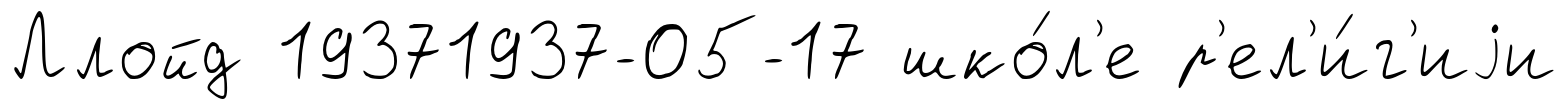
Ллойд 19371937-05-17 шко́л'е р'ел'и́г'иjи